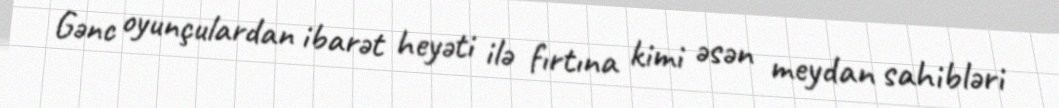
Gənc oyunçulardan ibarət heyəti ilə fırtına kimi əsən meydan sahibləri